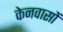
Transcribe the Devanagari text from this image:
केनवासों